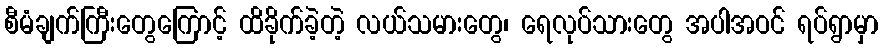
စီမံချက်ကြီးတွေကြောင့် ထိခိုက်ခဲ့တဲ့ လယ်သမားတွေ၊ ရေလုပ်သားတွေ အပါအဝင် ရပ်ရွာမှာ